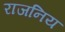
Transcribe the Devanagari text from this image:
राजनिय